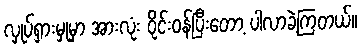
လှုပ်ရှားမှုမှာ အားလုံး ဝိုင်းဝန်ပြီးတော့ ပါလာခဲ့ကြတယ်။